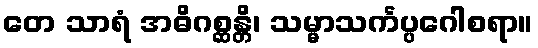
တေ သာရံ အဓိဂစ္ဆန္တိ၊ သမ္မာသင်္ကပ္ပဂေါစရာ။